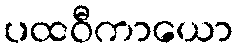
ပထဝီကာယော